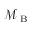
\mathcal { M } _ { \mathrm { ~ B ~ } }